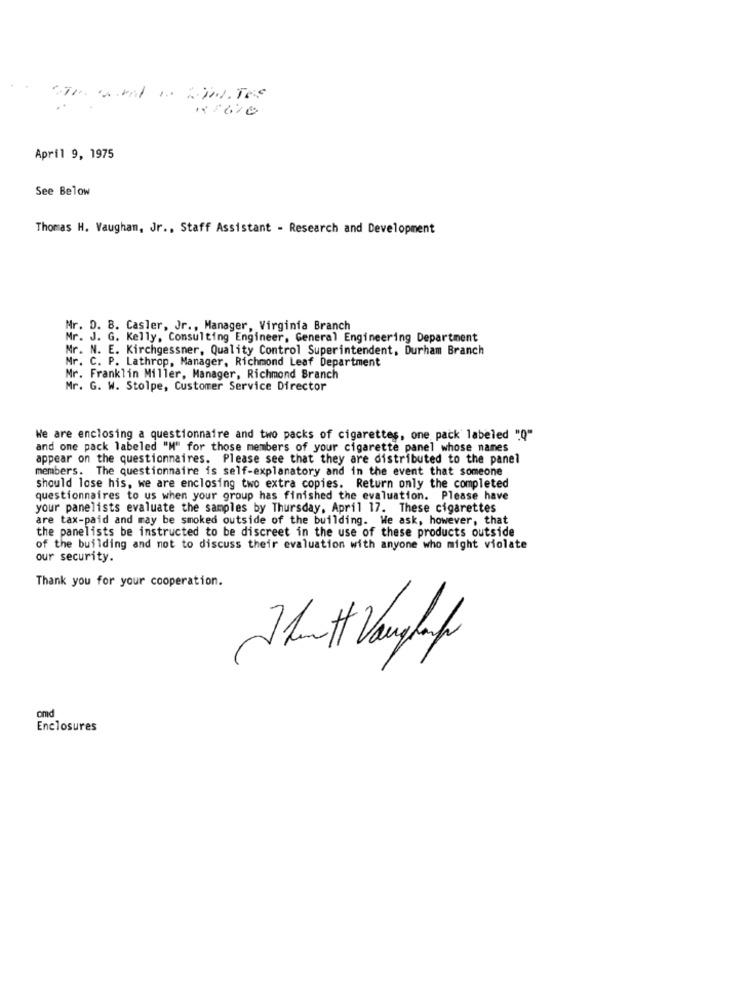
April 9, 1975
See Below
Thomas H. Vaughan, Jr ., Staff Assistant - Research and Development
Mr. D. 8. Casler, Jr ., Manager, Virginia Branch
Mr. J. G. Kelly, Consulting Engineer, General Engineering Department
Mr. N. E. Kirchgessner, Quality Control Superintendent, Durham Branch
Mr. C. P. Lathrop, Manager, Richmond Leaf Department
Mr. Franklin Miller, Manager, Richmond Branch
Mr. G. W. Stolpe, Customer Service Director
We are enclosing a questionnaire and two packs of cigarettes, one pack labeled "Q"
and one pack labeled "H" for those members of your cigarette panel whose names
appear on the questionnaires. Please see that they are distributed to the panel
members. The questionnaire is self-explanatory and in the event that someone
should lose his, we are enclosing two extra copies. Return only the completed
questionnaires to us when your group has finished the evaluation. Please have
your panelists evaluate the samples by Thursday, April 17. These cigarettes
are tax-paid and may be smoked outside of the building. We ask, however, that
the panelists be instructed to be discreet in the use of these products outside
of the building and not to discuss their evaluation with anyone who might violate
our security.
Thank you for your cooperation.
amd
Enclosures